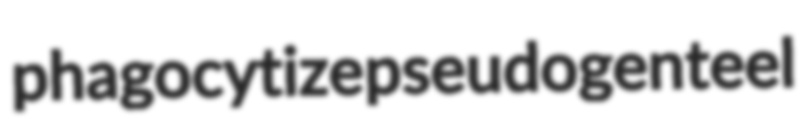
phagocytize pseudogenteel